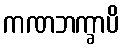
ကဏဘက္ခာပိ